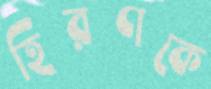
হিরণকে